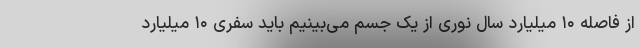
از فاصله ۱۰ میلیارد سال نوری از یک جسم می‌بینیم باید سفری ۱۰ میلیارد